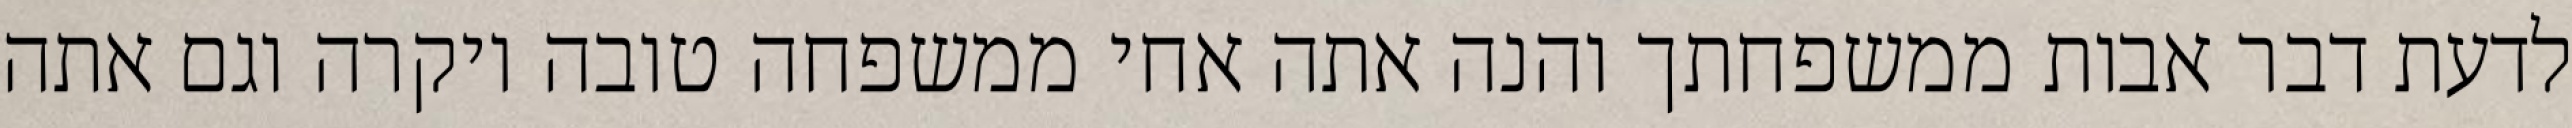
לדעת דבר אבות ממשפחתך והנה אתה אחי ממשפחה טובה ויקרה וגם אתה